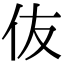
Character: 伖